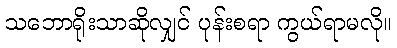
သဘောရိုးသာဆိုလျှင် ပုန်းစရာ ကွယ်ရာမလို။